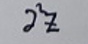
$z^{2}$